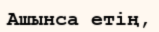
Ашынса етің,